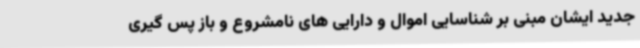
جدید ایشان مبنی بر شناسایی اموال و دارایی های نامشروع و باز پس گیری